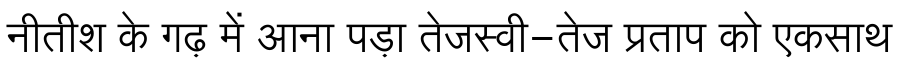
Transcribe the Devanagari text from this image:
नीतीश के गढ़ में आना पड़ा तेजस्वी-तेज प्रताप को एकसाथ